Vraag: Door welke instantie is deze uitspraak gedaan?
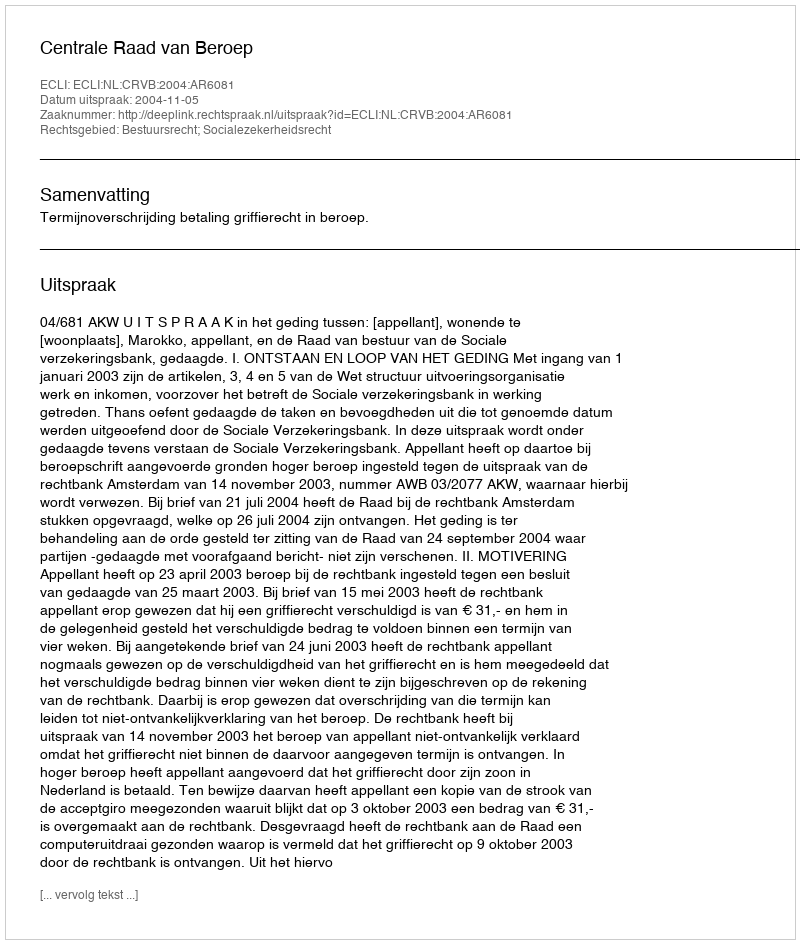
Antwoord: Centrale Raad van Beroep